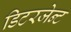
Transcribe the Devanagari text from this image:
डिटरजेन्ट